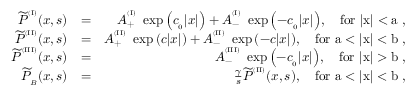
\begin{array} { r l r } { { \widetilde P } ^ { ^ { ( \mathrm { I } ) } } ( x , s ) } & { = } & { A _ { + } ^ { ^ { ( \mathrm { I } ) } } \ \exp { \left( c _ { _ 0 } | x | \right) } + A _ { - } ^ { ^ { ( \mathrm { I } ) } } \ \exp { \left( - c _ { _ 0 } | x | \right) } , \quad \mathrm { f o r ~ | x | < a ~ } , } \\ { { \widetilde P } ^ { ^ { ( \mathrm { I I } ) } } ( x , s ) } & { = } & { A _ { + } ^ { ^ { ( \mathrm { I I } ) } } \ \exp { \left( c | x | \right) } + A _ { - } ^ { ^ { ( \mathrm { I I } ) } } \ \exp { \left( - c | x | \right) } , \quad \mathrm { f o r ~ a < | x | < b ~ } , } \\ { { \widetilde P } ^ { ^ { ( \mathrm { I I I } ) } } ( x , s ) } & { = } & { A _ { - } ^ { ^ { ( \mathrm { I I I } ) } } \ \exp { \left( - c _ { _ 0 } | x | \right) } , \quad \mathrm { f o r ~ | x | > b ~ } , } \\ { { \widetilde P } _ { _ B } ( x , s ) } & { = } & { \frac { \gamma } { s } { \widetilde P } ^ { ^ { ( \mathrm { I I } ) } } ( x , s ) , \quad \mathrm { f o r ~ a < | x | < b ~ } , } \end{array}